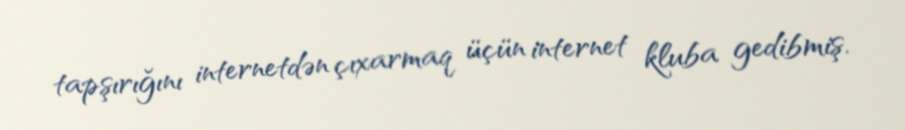
tapşırığını internetdən çıxarmaq üçün internet kluba gedibmiş.